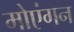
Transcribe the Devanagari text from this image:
मोएंगन